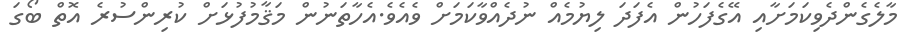
މާލެގެންދެވިކަމަށާއި އޭގެފަހުން އެފަދަ ލިޔުމެއް ނުދެއްވާކަމަށް ވެއެވެ.އެހާތަނުން މަޤާމުފުޅަށް ކުރިންސުރެ އޮތް ބޯގަ